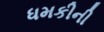
ધમકીની